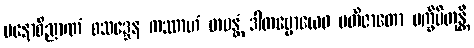
မနောဝိညာဏံ စသဒ္ဒေန ကဿာဟံ တပန္တံ ဒါတဗ္ဗောယေဝ ပတိဇာတော ပက္ခိပိတုန္တိ